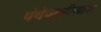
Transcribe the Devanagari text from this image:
पंचेचाळीसावा